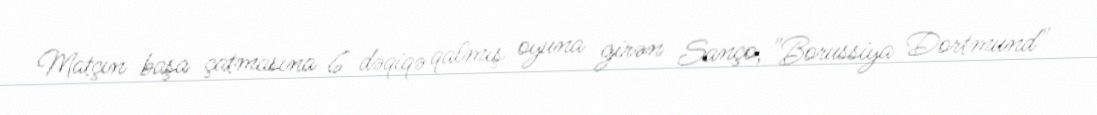
Matçın başa çatmasına 6 dəqiqə qalmış oyuna girən Sanço, "Borussiya Dortmund"